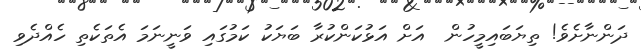
ދަންނާށެވެ! ތިޔަބައިމީހުން  އަށް އަޅުކަންކުރާ ބަޔަކު ކަމުގައި ވަނީނަމަ އެތަކެތި ހެއްދެވި